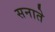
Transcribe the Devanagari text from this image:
सनाते